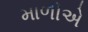
માળીએ